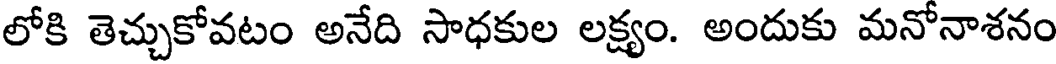
లోకి తెచ్చుకోవటం అనేది సాధకుల లక్ష్యం. అందుకు మనోనాశనం